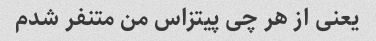
یعنی از هر چی پیتزاس من متنفر شدم